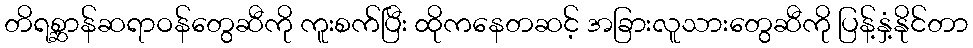
တိရစ္ဆာန်ဆရာဝန်တွေဆီကို ကူးစက်ပြီး ထိုကနေတဆင့် အခြားလူသားတွေဆီကို ပြန့်နှံ့နိုင်တာ